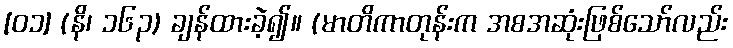
[၀၁] (နိ၊ ၁၆၃) ချန်ထားခဲ့၍။ (မာတိကာတုန်းက အစအဆုံးဖြစ်သော်လည်း